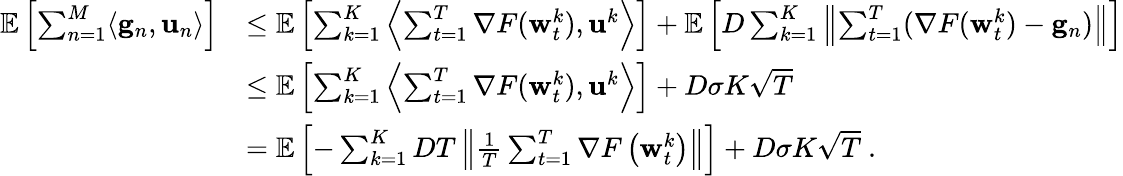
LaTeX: \begin{array}{rl}{\mathop{\mathbb{E}}\left[\sum_{n=1}^{M}\langle\mathbf{g}_{n},\mathbf{u}_{n}\rangle\right]}&{\le\mathop{\mathbb{E}}\left[\sum_{k=1}^{K}\left\langle\sum_{t=1}^{T}\nabla F({\mathbf w}_{t}^{k}),\mathbf{u}^{k}\right\rangle\right]+\mathop{\mathbb{E}}\left[D\sum_{k=1}^{K}\left\| \sum_{t=1}^{T}(\nabla F({\mathbf w}_{t}^{k})-\mathbf{g}_{n})\right\| \right]}\\ &{\le\mathop{\mathbb{E}}\left[\sum_{k=1}^{K}\left\langle\sum_{t=1}^{T}\nabla F({\mathbf w}_{t}^{k}),\mathbf{u}^{k}\right\rangle\right]+D\sigma K\sqrt{T}}\\ &{=\mathop{\mathbb{E}}\left[-\sum_{k=1}^{K}DT\left\| \frac{1}{T}\sum_{t=1}^{T}\nabla F\left({\mathbf w}_{t}^{k}\right)\right\| \right]+D\sigma K\sqrt{T}~.}\end{array}